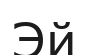
Эй